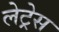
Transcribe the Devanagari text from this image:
लेट्रेस